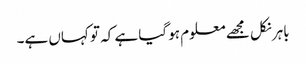
باہر نکل مجھے معلوم ہو گیا ہے کہ تو کہاں ہے۔